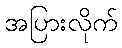
အပြားလိုက်